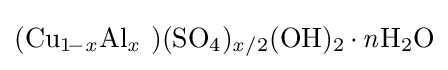
{(\mathrm {Cu} {\vphantom {A}}_{\smash[{t}]{1\!-{\mathit {x}}}}\mathrm {Al} {\vphantom {A}}_{\smash[{t}]{\mathit {x}}}~)(\mathrm {SO} {\vphantom {A}}_{\smash[{t}]{4}}){\vphantom {A}}_{\smash[{t}]{{\mathit {x}}/2}}(\mathrm {OH} ){\vphantom {A}}_{\smash[{t}]{2}}\,{\cdot }\,{\mathit {n}}\mathrm {H} {\vphantom {A}}_{\smash[{t}]{2}}\mathrm {O} }